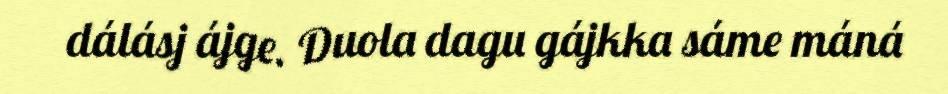
dálásj ájge. Duola dagu gájkka sáme máná